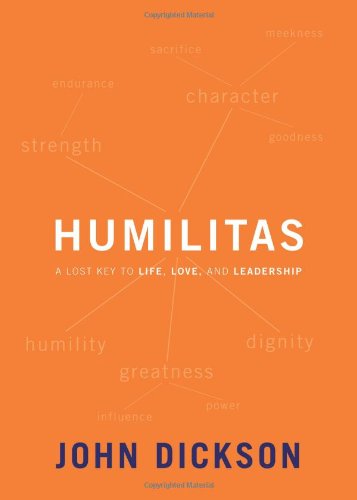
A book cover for Humilitas: A Lost Key to Life, Love, and Leadership; John Dickson; Christian Books & Bibles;